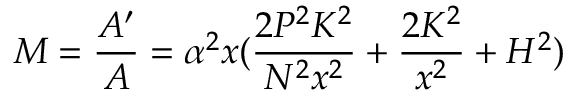
M = { \frac { A ^ { \prime } } { A } } = \alpha ^ { 2 } x ( { \frac { 2 P ^ { 2 } K ^ { 2 } } { N ^ { 2 } x ^ { 2 } } } + { \frac { 2 K ^ { 2 } } { x ^ { 2 } } } + H ^ { 2 } )